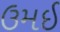
ઉમઈ